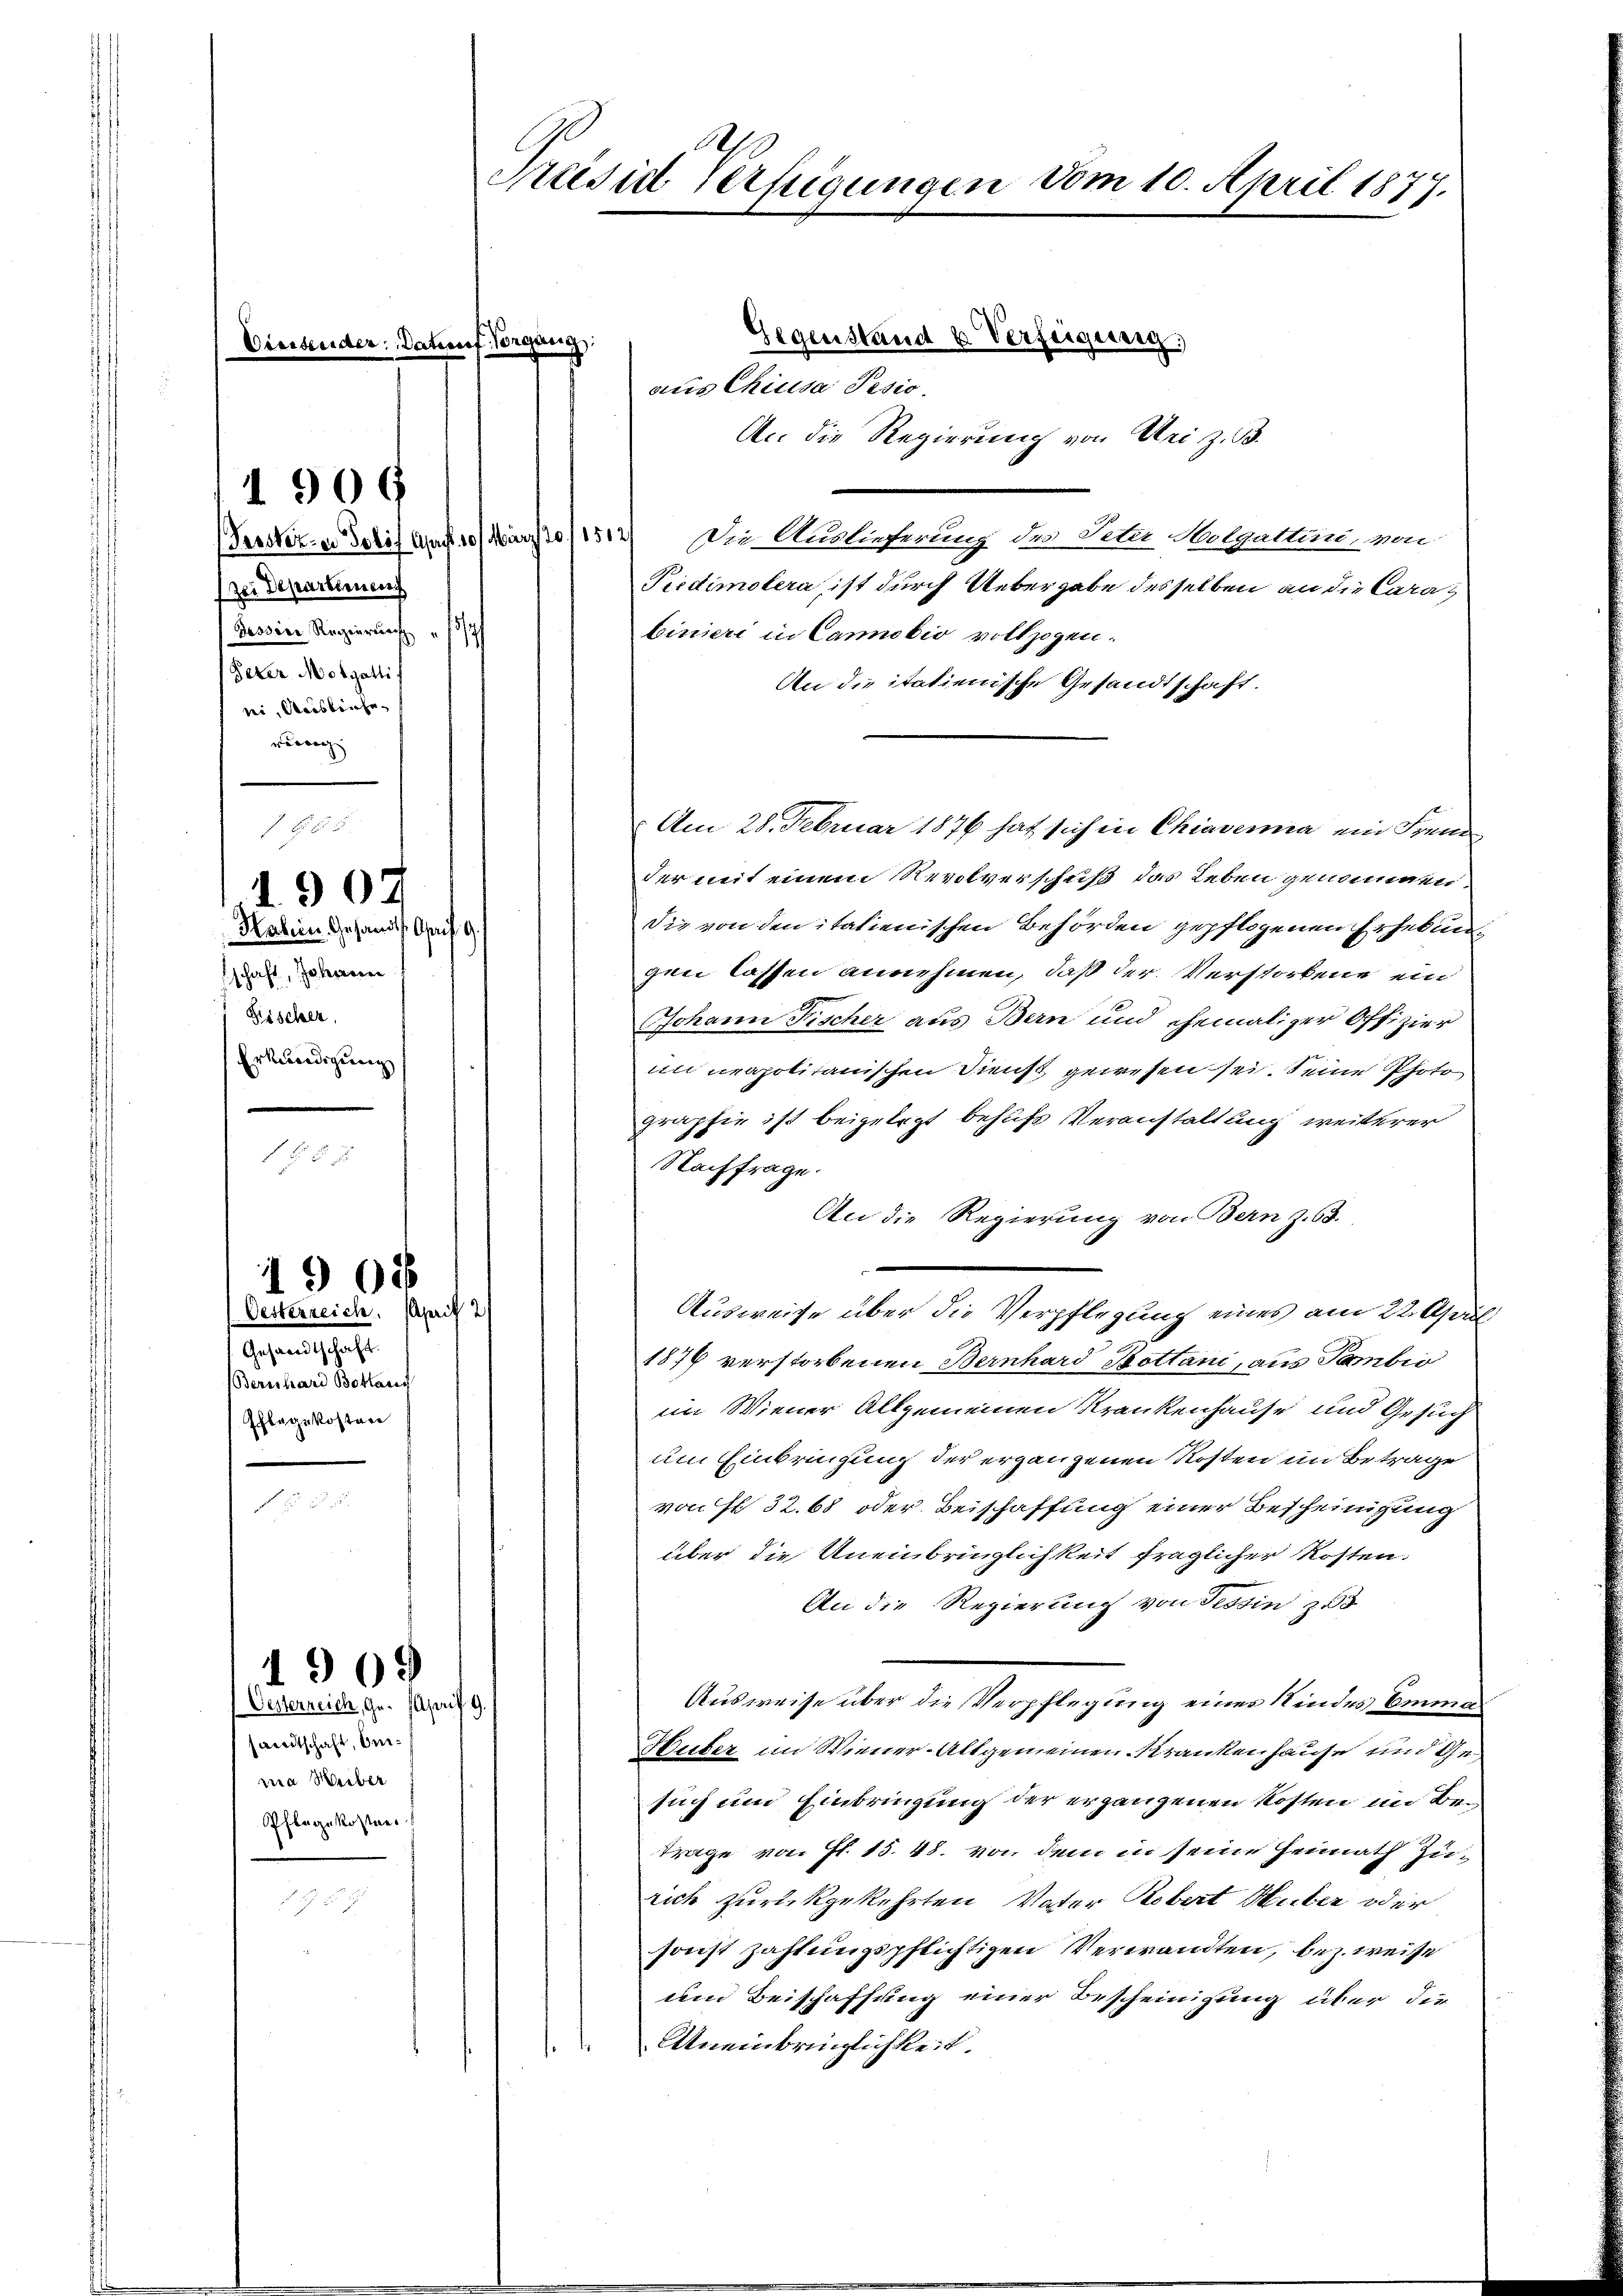
zei Departienen
Prosine Regierung
Peter Morgatti
rei, Meistenhe
rung

1909

190

Haben Gesandts Gais a
schaft, Johann
Fischer,
Erkundigung

5.

Oesterreich. April 21
Gesandtschaft.
Bernhard Bottans
Phlegekosten

1908

1909

Oesterreich, Gr. April 9.
sandtschaft, beina Weiber
Pflegekosten

Præsid Verfügungen vom 10. April 1877.

Gegenstand u Verfügung
aus Chiusa Pesio.
An die Regierung von Uri z. B.
Verster in Josef Auf 10 März 18512) Die Auslieferung der Dela Serlgalten von
Pirdimolera, ist durch Uebergabe desselben an die Cara
binieri in Canobio vollzogen.
An die itatienische Gesandtschaft.
Am 28. Februar 1876 hat sich in Chiavenia ein Fremd
der mit einem Revolverschuß das Leben genommen
Die von den italienischen Behörden gepflogenen Erhebungen lassen annehmen, daß der Verstorbene ein
Johann Fischer aus Bern und ehemaliger Offizier
im neapolitanischen Dienst gewesen sei. Seine Photo
graphie ist beigelegt behufs Veranstaltung weiterer
Nachfrage.
An die Regierung von Bern Z. 63.
Ausweise über die Verpflegung eines am 22. Apri
1879 verstorbenen Bernhard Bottani, aus Tambio
im Wiener Allgemeinen Krankenhause und Gesuch
um Einbringung der ergangenen Kosten im Betrage
von fl 32. 68 oder Beischaffung einer Bescheinigung
über die Uneinbringlichkeit fraglicher Kosten.
An die Regierung von Tessin zu
Ausweise über die Verpflegung einer Kindes Emma¬
Heiter im Wiener-Altgemeinen Krankenhause und Gesuch und Einbringung der ergangenen Kosten im Betrage von fl. 15. 48. von dem in seine Heimath Zurich zurückgekehrten Vater Robert Huber oder
sonst zahlungspflichtigen Verwandten, bezweise
um Beischaffung einer Bescheinigung über die
Uneinbringlichkeit.

Datief Vorgang